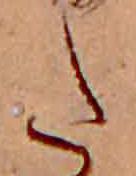
た